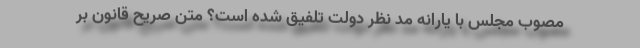
مصوب مجلس با یارانه مد نظر دولت تلفیق شده است؟ متن صریح قانون بر